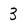
Character: 3